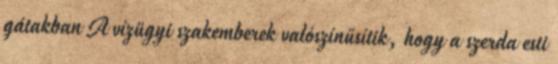
gátakban A vízügyi szakemberek valószínűsítik, hogy a szerda esti